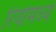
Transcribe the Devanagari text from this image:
रियोमध्ये